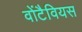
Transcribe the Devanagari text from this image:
वोंटैवियस